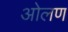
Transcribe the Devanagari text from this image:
ओलण